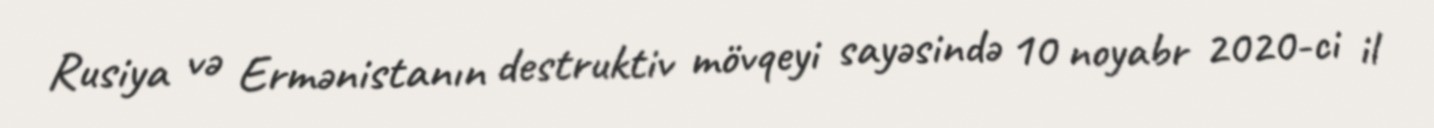
Rusiya və Ermənistanın destruktiv mövqeyi sayəsində 10 noyabr 2020-ci il